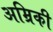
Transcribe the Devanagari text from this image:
अम्रिकी